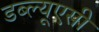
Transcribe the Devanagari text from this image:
डब्ल्यूएसी